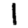
Digit: 1